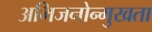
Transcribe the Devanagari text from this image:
अभिजनोन्मुखता